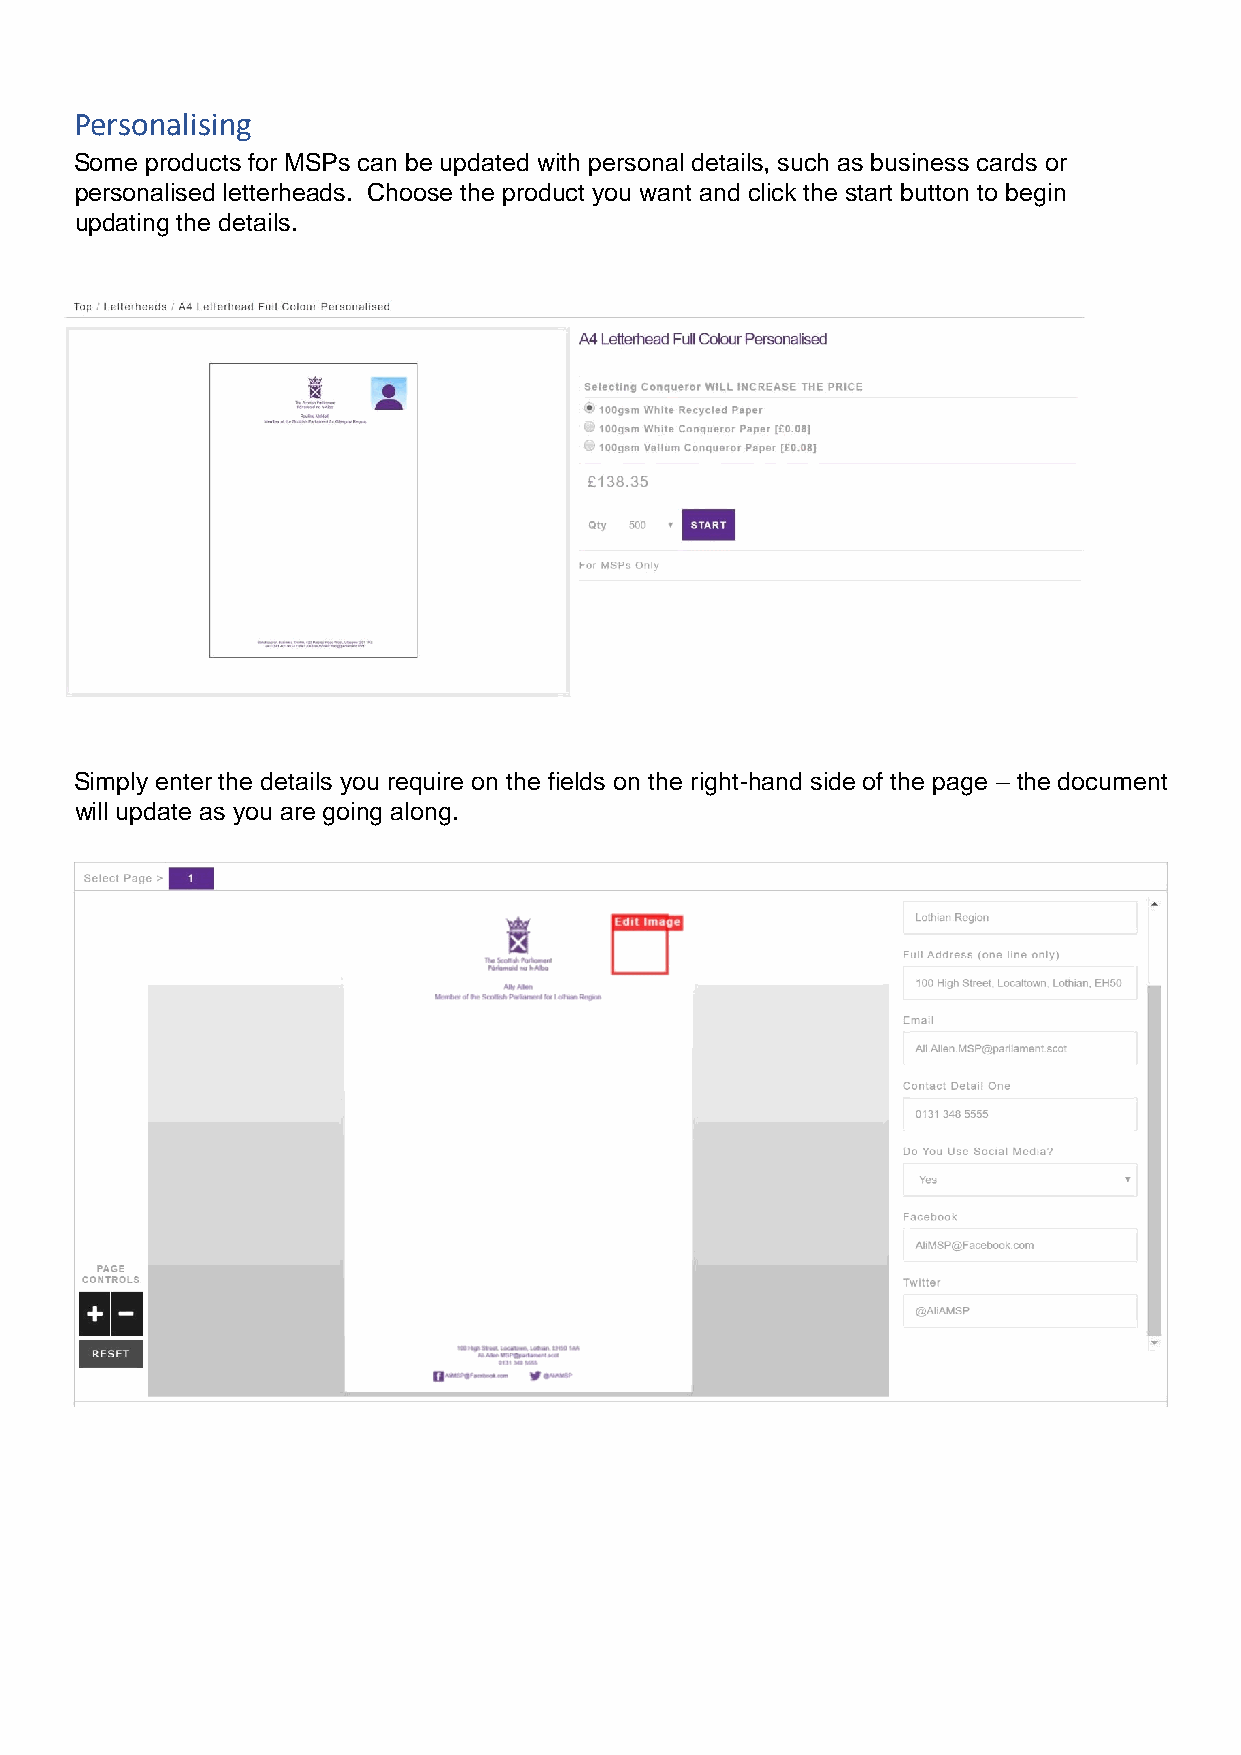
Personalising
 Some products for MSPs can be updated with personal details, such as business cards or
 personalised letterheads. Choose the product you want and click the start button to begin
 updating the details.
 Simply enter the details you require on the fields on the right-hand side of the page – the document
 will update as you are going along.